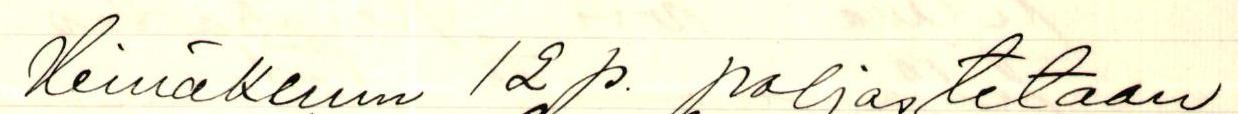
Heinäkuun 12 p. paljastetaan